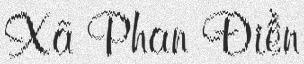
Xã Phan Điền